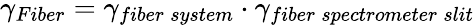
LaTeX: \gamma_{Fiber}=\gamma_{fiber\: system}\cdot\gamma_{fiber\: spectrometer\: slit}